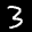
Label: 3